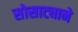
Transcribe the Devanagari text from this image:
सोसाट्याने